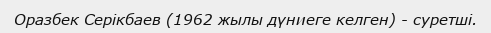
Оразбек Серікбаев (1962 жылы дүниеге келген) - суретші.